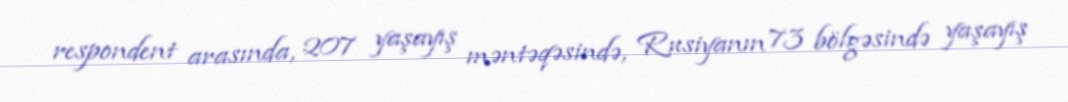
respondent arasında, 207 yaşayış məntəqəsində, Rusiyanın 73 bölgəsində yaşayış